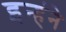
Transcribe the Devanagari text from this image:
इन्हंने